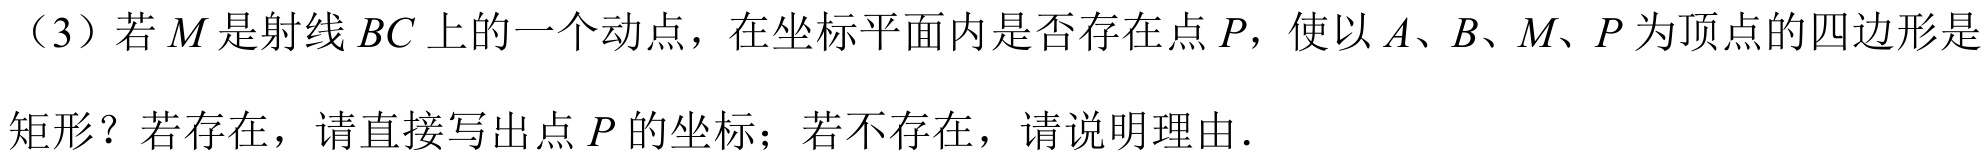
（3）若 \(M\) 是射线 \(BC\) 上的一个动点，在坐标平面内是否存在点 \(P\)，使以 \(A、B、M、P\) 为顶点的四边形是
矩形？若存在，请直接写出点 \(P\) 的坐标；若不存在，请说明理由．